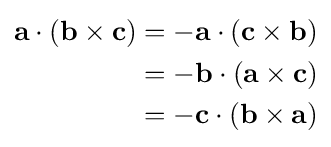
{\begin{aligned}\mathbf {a} \cdot (\mathbf {b} \times \mathbf {c} )&=-\mathbf {a} \cdot (\mathbf {c} \times \mathbf {b} )\\&=-\mathbf {b} \cdot (\mathbf {a} \times \mathbf {c} )\\&=-\mathbf {c} \cdot (\mathbf {b} \times \mathbf {a} )\end{aligned}}